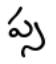
ప్స